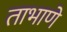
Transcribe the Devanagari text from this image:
ताभाणे